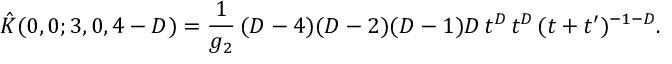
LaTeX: \hat { K } ( 0 , 0 ; 3 , 0 , 4 - D ) = \frac { 1 } { g _ { 2 } } \, ( D - 4 ) ( D - 2 ) ( D - 1 ) D \, t ^ { D } \, t ^ { D } \, ( t + t ^ { \prime } ) ^ { - 1 - D } .